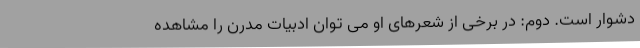
دشوار است. دوم: در برخی از شعرهای او می توان ادبیات مدرن را مشاهده